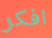
افكر